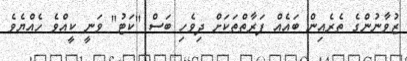
ޒުވާނުންގެ ތެރެއިން ބައެއް ފަރާތްތަކަށް ދިވެހި ބަސް "ކަޓު" ވަނީ ކީއްވެ ހެއްޔެވެ